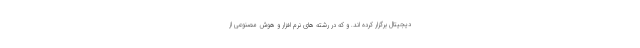
دیجیتال برگزار کرده اند. و که در رشته های نرم افزار و هوش مصنوعی از